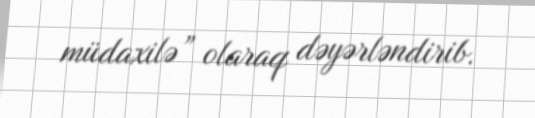
müdaxilə” olaraq dəyərləndirib.